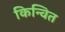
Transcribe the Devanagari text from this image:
किन्वित